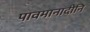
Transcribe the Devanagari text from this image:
पावमानादीनि